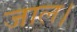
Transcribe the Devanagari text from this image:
जाल।